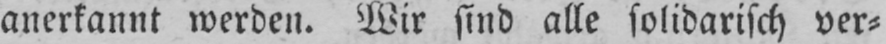
anerkannt werden. Wir sind alle solidarisch ver⸗